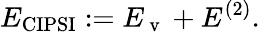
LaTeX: E_{\mathrm{CIPSI}}:=E_{\mathrm{~v~}}+E^{(2)}.